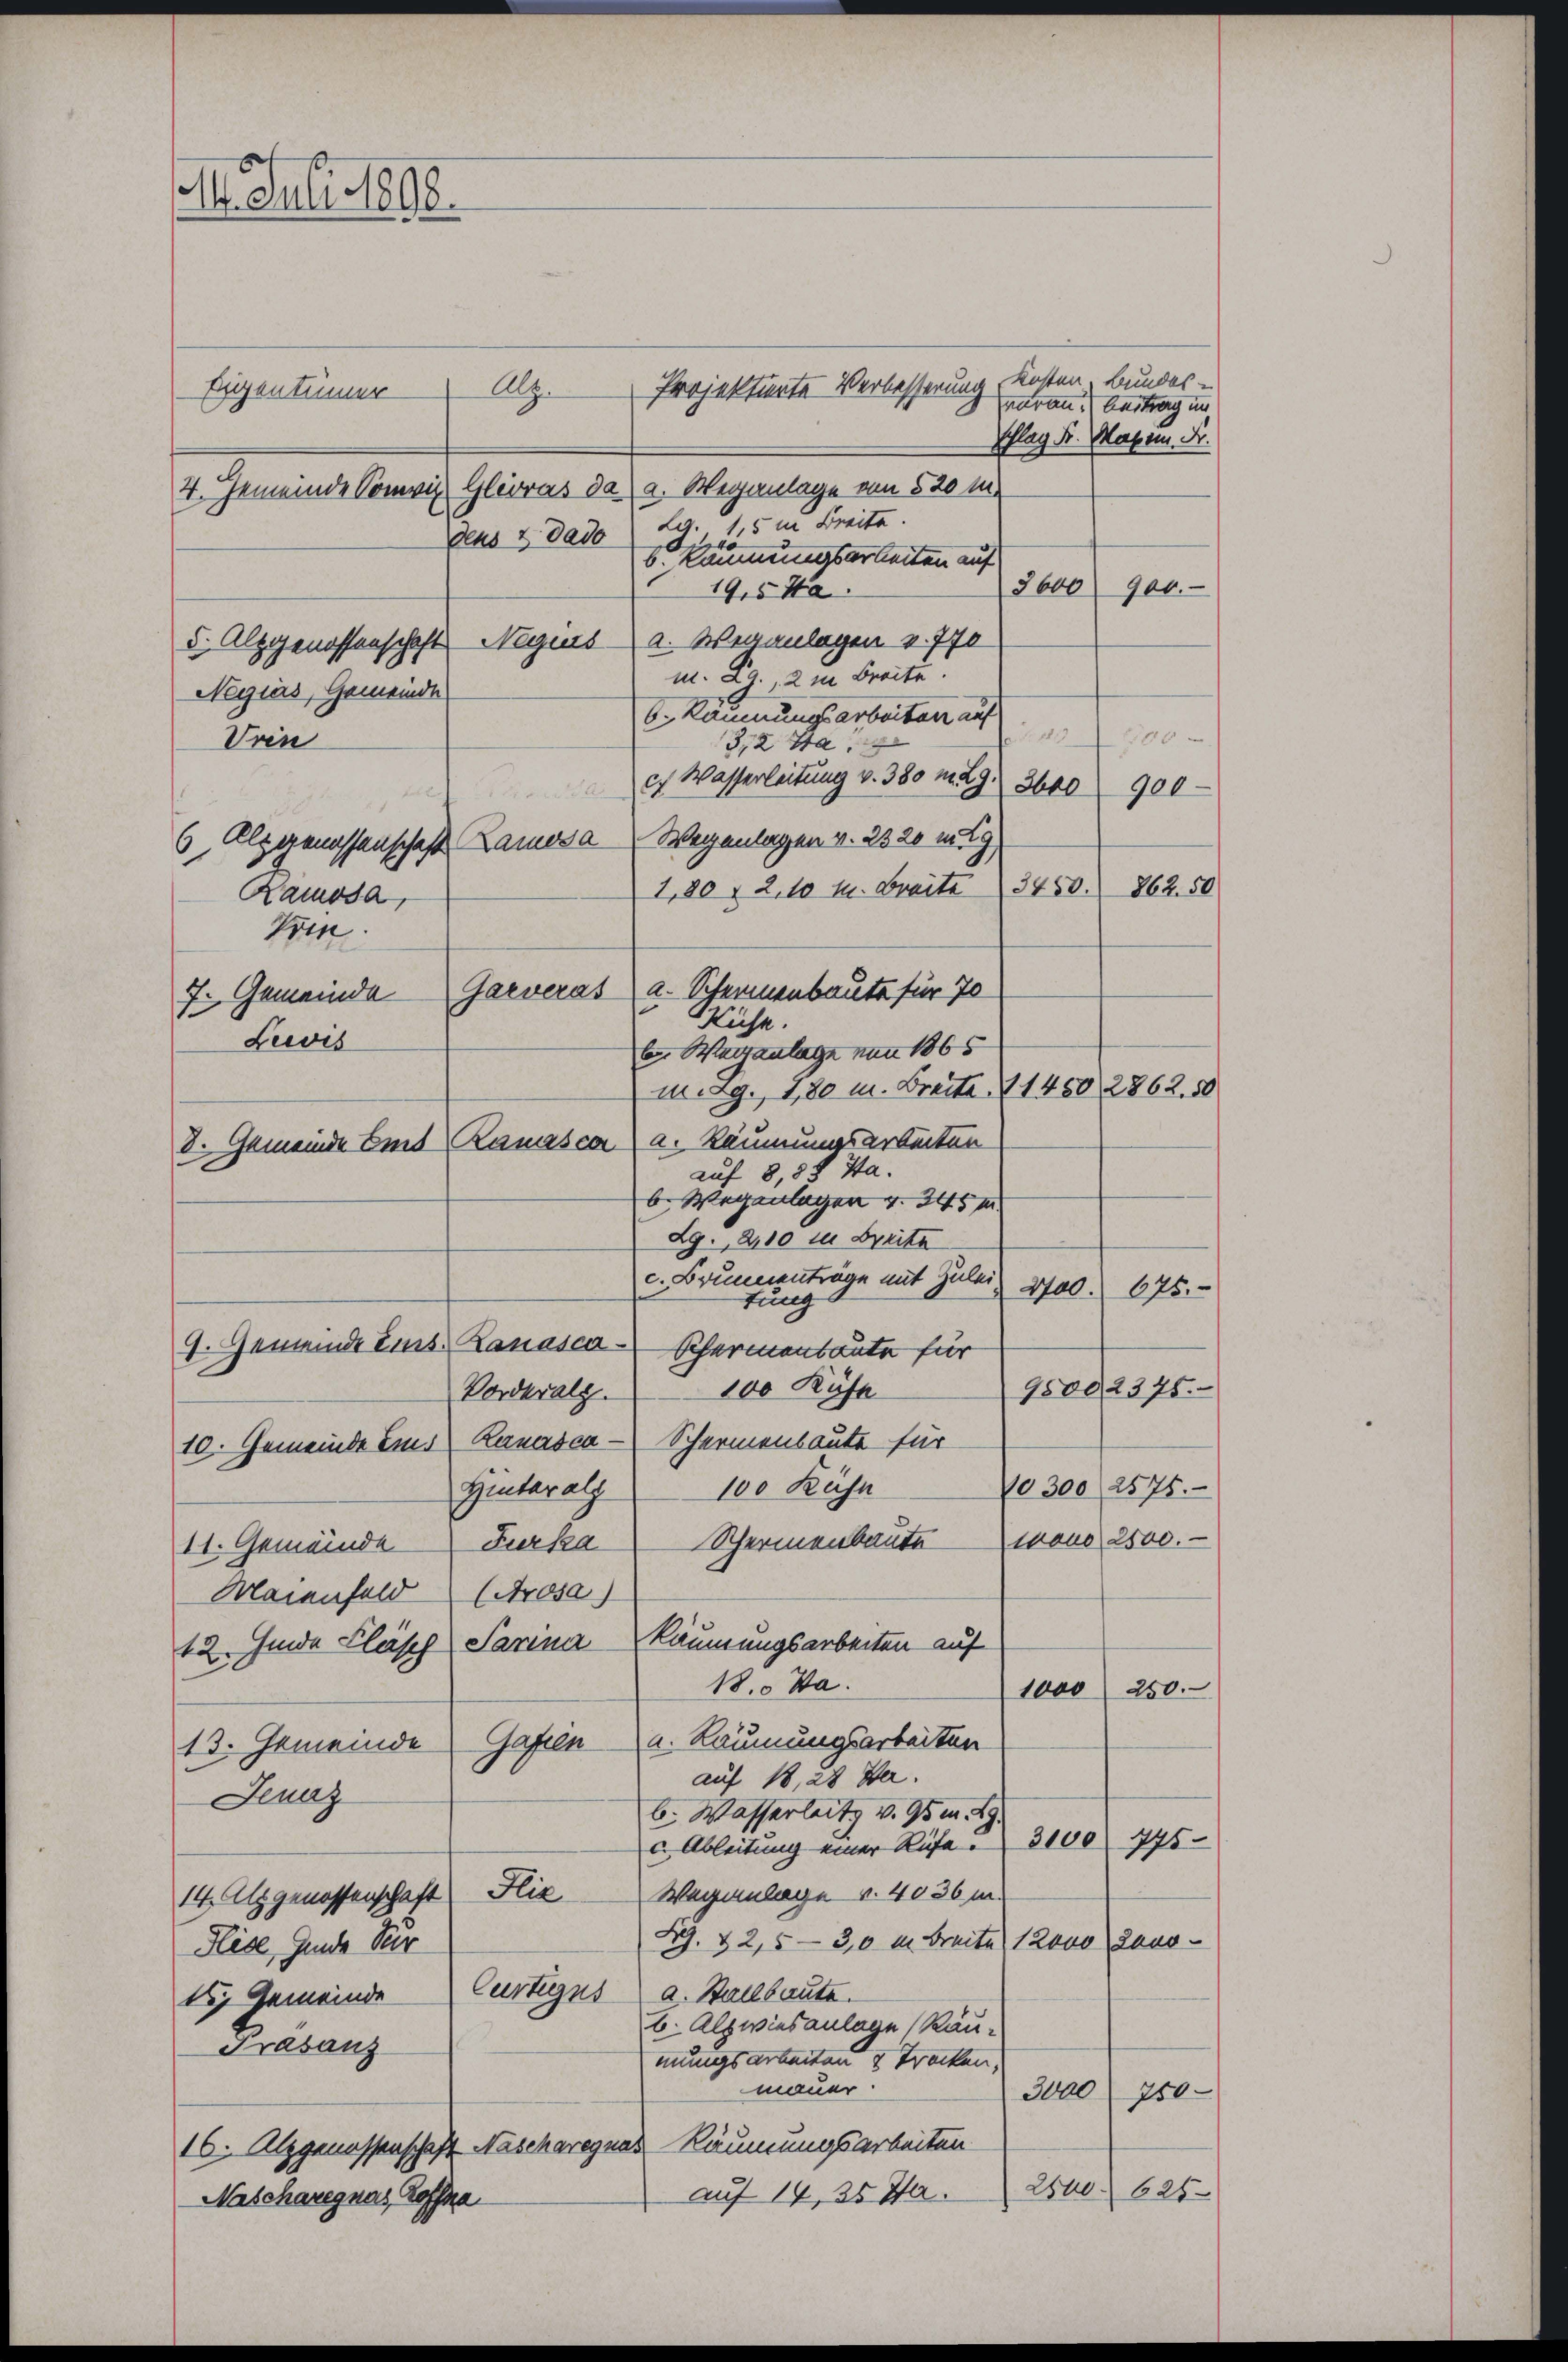
14. Juli 1898.
Projektiente Verbesserung
Alz.
Eigentümer
2600 900.-
d. Alpgenossenschaft Negius a. Weganlagen v. 770
Negiers, Gemeinde
6. Räumungsarbeiten auf
100
Uren
3,2 Ha
er Wasserleitung v. 380 n 29. 3640 900
nich
6, Alpgenossenschaft Ramosa Wegenlagen v. 2320 n 19
3450. 862. 50
1,80 n 2. 10 M. Breite
Ramosa,
Vrin.
Garverat a. Scheunenbaute für 70
7. Gemeinda
Kühe.
Lewis
b Weganlage von 1865
mag. 180 u. Breite 11450 2862, 50
8. Gemeinde Emt Ranasca (a. Räumungsarbeiten
auf 8,88 Ha.
b. Wegenlagen v. 245 m

4. Gemeinde Sonvi Gleoras da a. Weganlage von 520 i
ag. 1,5 m Breite.
deus & dado
b. Räumungsarbeiten auf

Ag., 2110 in Breite
c. Brunnenträge mit Zuleitungs
9. Gemeinde Eins Ranasca Schermenbaute für
100 Kühe
Vorderalg.
10. Gemeinde Eins Kanasca - Schermenbaute für

18. Na

19,5 Ha
m. Rg. 2 in Breite.

naran. Beitrag im
schlag Fr. Magen Fr.

Kosten, Bundes

100 Küsn
Hinteralp
11. Gemeinde Furka Schermenbaute von 2500.—
Maienfeld (Prosa)
12. Finde Fläsch Sarina Räumungsarbeiten auf
1000 250.
13. Gemeinde Gafeln u. Räumungsarbeiten
auf 18, 28 de
Jenaz
b. Wasserleits v. 95 m 29.
c. Ableitung einer Rufe . 3100. 775
Weganlage v. 4036 m.
14 Alpgenossenschaft Flie
LG. § 2, 5 — 30 u. breite 12000 Jano¬
Hlise, finde Ver
Curtignus a. Stallbaute.
te Gemeinde
b. Alpwinsanlage (Räu¬
Frasanz
mungsarbeiten & Tracken,
mauer.
3000
750.
16. Alzgenossenschaft Nascharegnas Räumungsarbeiten
2840. 625
auf 14, 35 Ja
Nascharegnas Hoffma

2700. 675.
95002375.
No 300 2575.